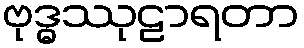
ဗုဒ္ဓဿုဠာရတာ